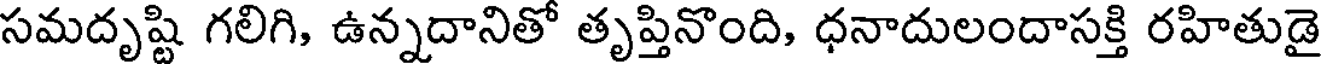
సమదృష్టి గలిగి, ఉన్నదానితో తృప్తినొంది, ధనాదులందాసక్తి రహితుడై